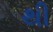
થી